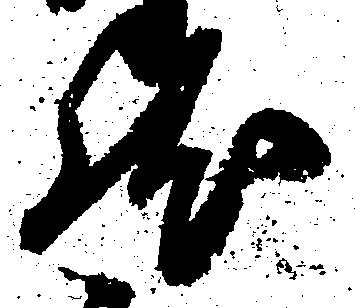
然